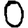
Digit: 0